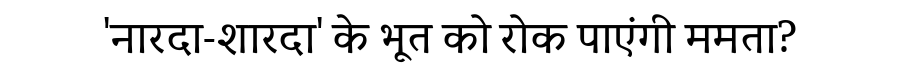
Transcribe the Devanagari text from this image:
'नारदा-शारदा' के भूत को रोक पाएंगी ममता?